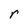
Character: r